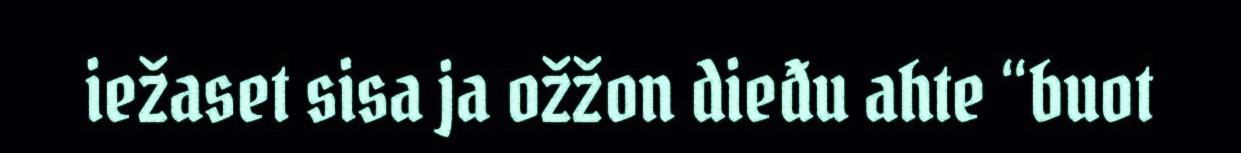
iežaset sisa ja ožžon dieđu ahte “buot